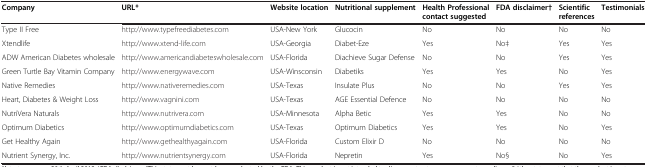
<table><thead><tr><td><b>Company</b></td><td><b>URL*</b></td><td><b>Website location</b></td><td><b>Nutritional supplement</b></td><td><b>Health Professional contact suggested</b></td><td><b>FDA disclaimer†</b></td><td><b>Scientific references</b></td><td><b>Testimonials</b></td></tr></thead><tbody><tr><td>Type II Free</td><td>http://www.typefreediabetes.com</td><td>USA-New York</td><td>Glucocin</td><td>No</td><td>No</td><td>No</td><td>No</td></tr><tr><td>Xtendlife</td><td>http://www.xtend-life.com</td><td>USA-Georgia</td><td>Diabet-Eze</td><td>Yes</td><td>No‡</td><td>Yes</td><td>Yes</td></tr><tr><td>ADW American Diabetes wholesale</td><td>http://www.americandiabeteswholesale.com</td><td>USA-Florida</td><td>Diachieve Sugar Defense</td><td>No</td><td>No</td><td>Yes</td><td>Yes</td></tr><tr><td>Green Turtle Bay Vitamin Company</td><td>http://www.energywave.com</td><td>USA-Winsconsin</td><td>Diabetiks</td><td>Yes</td><td>Yes</td><td>No</td><td>Yes</td></tr><tr><td>Native Remedies</td><td>http://www.nativeremedies.com</td><td>USA-Texas</td><td>Insulate Plus</td><td>No</td><td>No</td><td>Yes</td><td>Yes</td></tr><tr><td>Heart, Diabetes &amp; Weight Loss</td><td>http://www.vagnini.com</td><td>USA-Texas</td><td>AGE Essential Defence</td><td>No</td><td>No</td><td>No</td><td>No</td></tr><tr><td>NutriVera Naturals</td><td>http://www.nutrivera.com</td><td>USA-Minnesota</td><td>Alpha Betic</td><td>Yes</td><td>Yes</td><td>No</td><td>No</td></tr><tr><td>Optimum Diabetics</td><td>http://www.optimumdiabetics.com</td><td>USA-Texas</td><td>Optimum Diabetics</td><td>Yes</td><td>Yes</td><td>No</td><td>Yes</td></tr><tr><td>Get Healthy Again</td><td>http://www.gethealthyagain.com</td><td>USA-Florida</td><td>Custom Elixir D</td><td>No</td><td>No</td><td>No</td><td>No</td></tr><tr><td>Nutrient Synergy, Inc.</td><td>http://www.nutrientsynergy.com</td><td>USA-Florida</td><td>Nepretin</td><td>Yes</td><td>No§</td><td>No</td><td>Yes</td></tr></tbody></table>